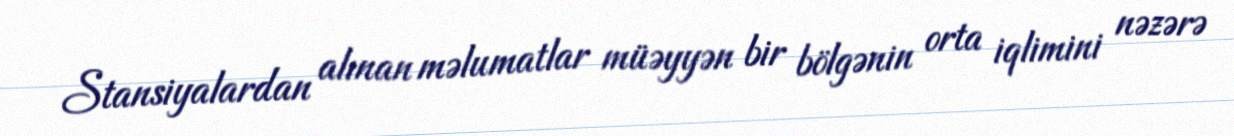
Stansiyalardan alınan məlumatlar müəyyən bir bölgənin orta iqlimini nəzərə